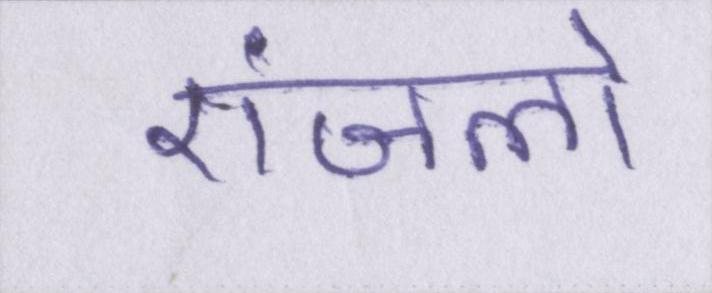
एंजलो